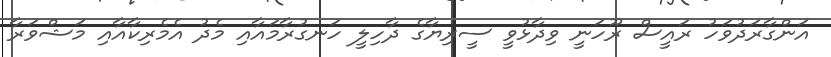
އަންގާރަދުވަހު ރައީސް ރޫހަނީ ވިދާޅުވީ ސީރިޔާގެ ދާހިލީ ހަނގުރާމައާއި މެދު އެމެރިކާއާއި މަޝްވަރާ